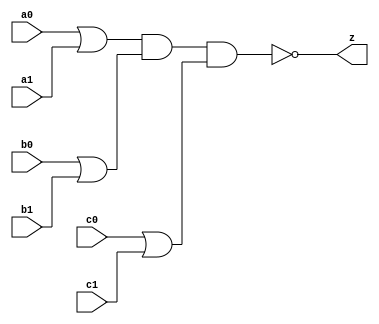
//#############################################################################
//# Function: Or-And-Inverter (oai222) Gate                                   #
//# Copyright: OH Project Authors. ALl rights Reserved.                       #
//# License:  MIT (see LICENSE file in OH repository)                         #
//#############################################################################

module asic_oai222 #(parameter PROP = "DEFAULT")   (
    input  a0,
    input  a1,
    input  b0,
    input  b1,
    input  c0,
    input  c1,
    output z
    );

   assign z = ~((a0 | a1) & (b0 | b1) & (c0 | c1));

endmodule